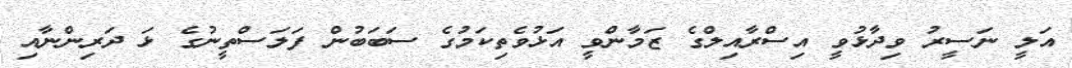
އަލީ ނަސީރު ވިދާޅުވީ އިސްރާއިލްގެ ޒަމާންވީ އަޅުވެތިކަމުގެ ސަބަބުން ފަލަސްތީނުގެ ޅަ ދަރިންނާއި